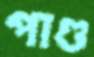
পাণ্ড